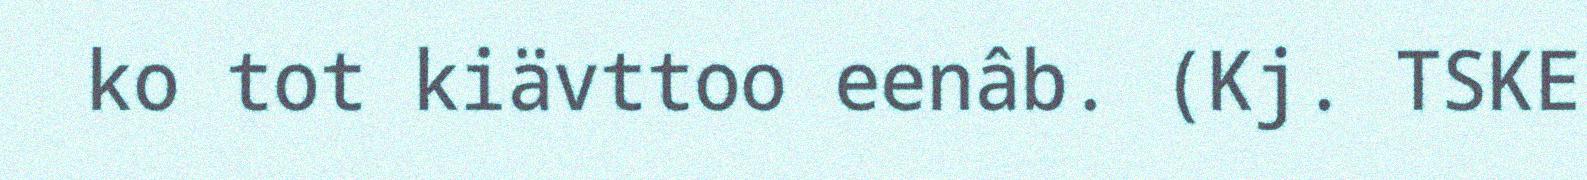
ko tot kiävttoo eenâb. (Kj. TSKE